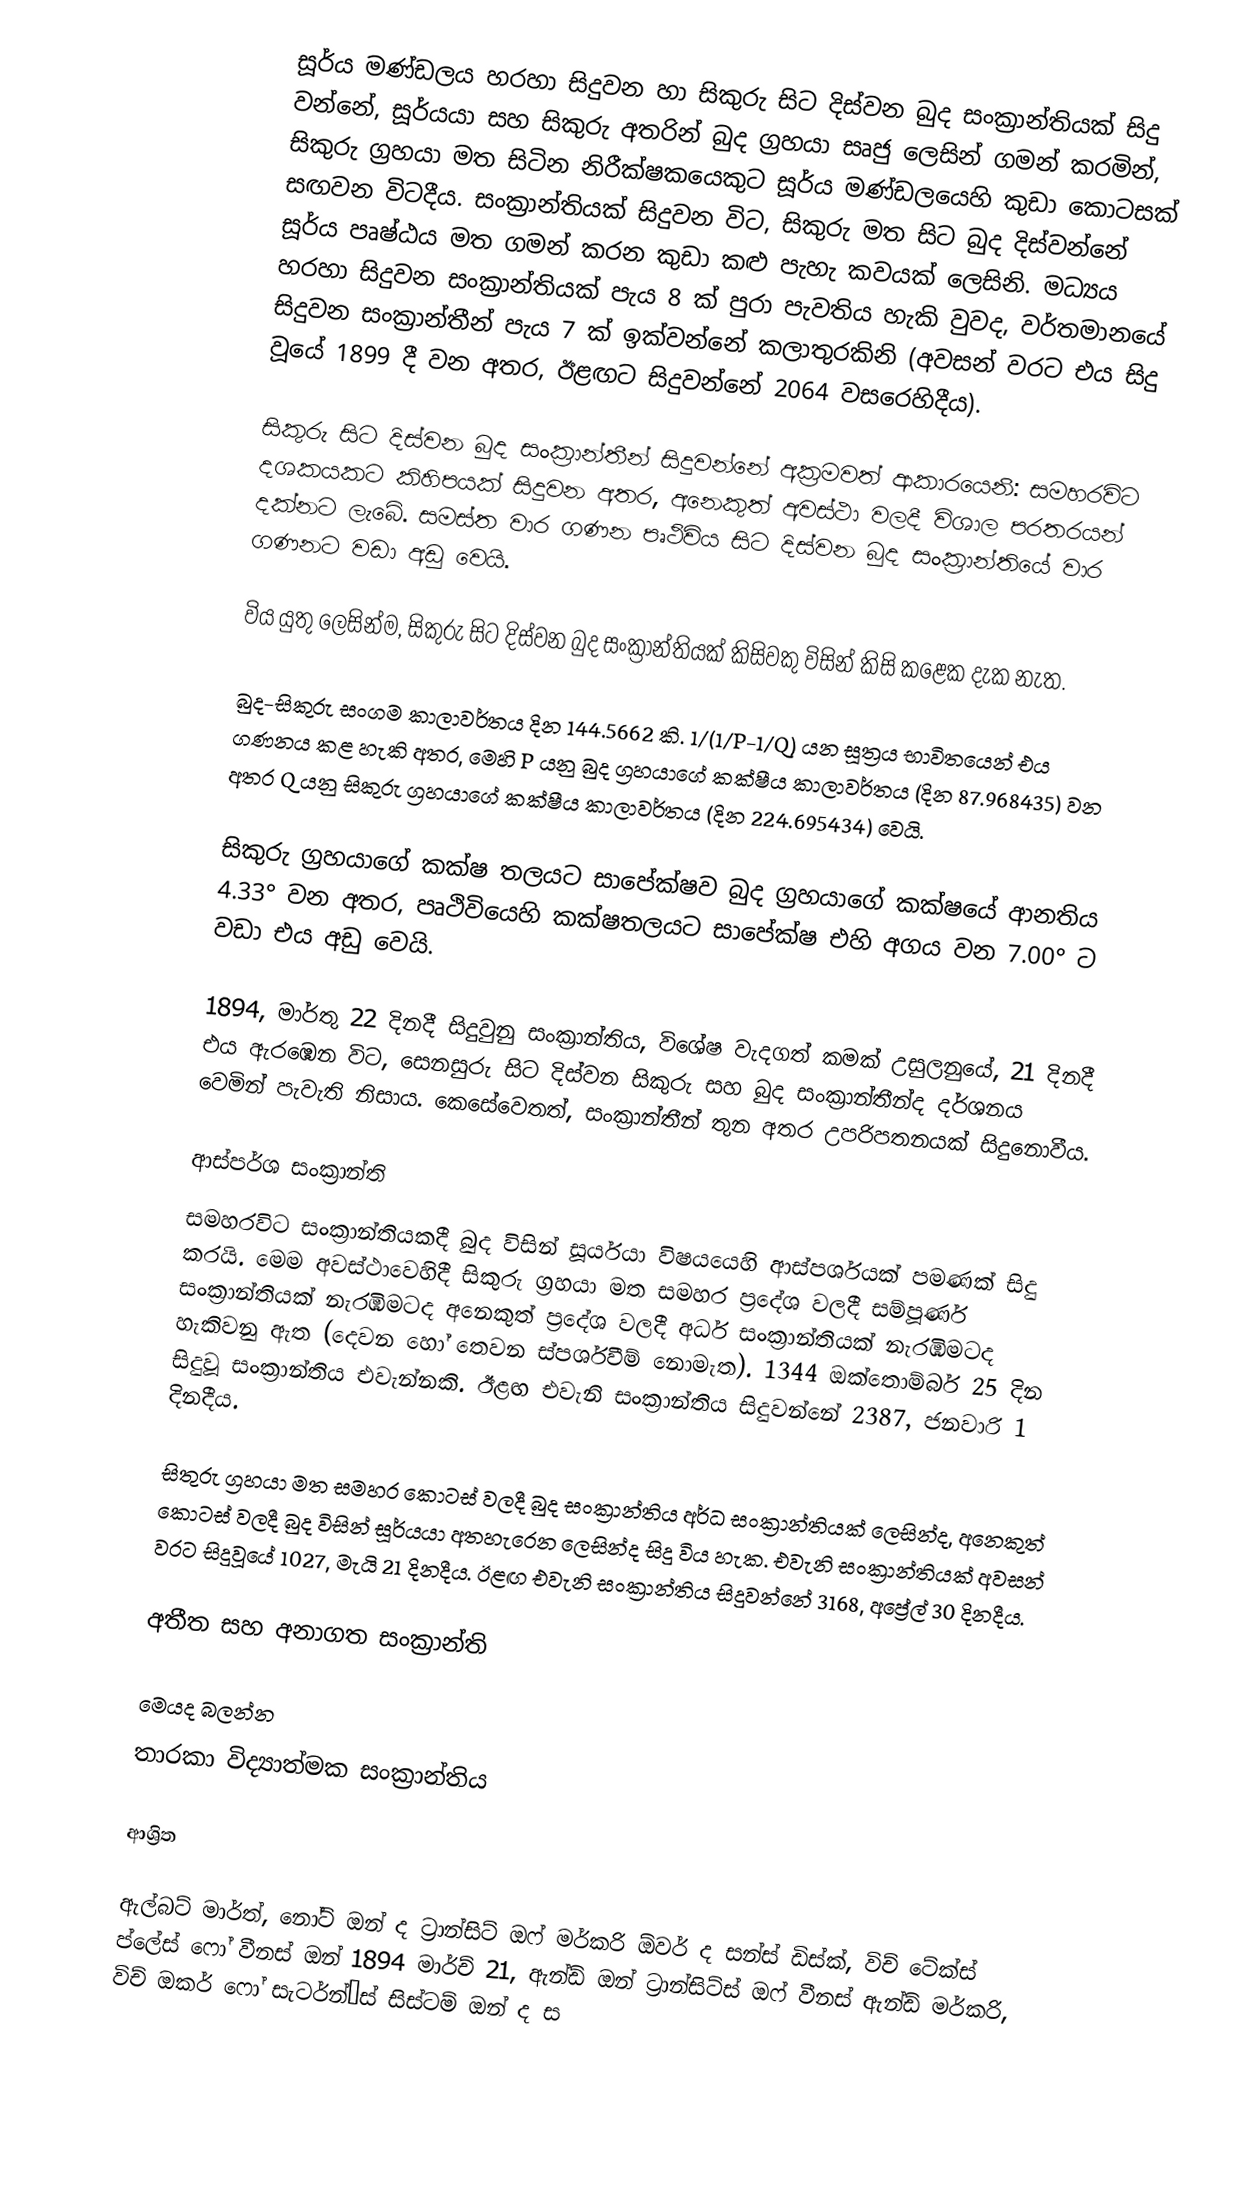
සූර්ය මණ්ඩලය හරහා සිදුවන හා සිකුරු සිට දිස්වන බුද සංක්‍රාන්තියක් සිදු වන්නේ,   සූර්යයා සහ සිකුරු අතරින් බුද ග්‍රහයා සෘජු ලෙසින් ගමන් කරමින්, සිකුරු ග්‍රහයා මත සිටින නිරීක්ෂකයෙකුට සූර්ය මණ්ඩලයෙහි කුඩා කොටසක්  සඟවන විටදීය.  සංක්‍රාන්තියක් සිදුවන විට, සිකුරු මත සිට බුද දිස්වන්නේ සූර්ය පෘෂ්ඨය මත ගමන් කරන කුඩා කළු පැහැ කවයක් ලෙසිනි. මධ්‍යය හරහා සිදුවන සංක්‍රාන්තියක් පැය  8 ක් පුරා පැවතිය හැකි වුවද, වර්තමානයේ සිදුවන සංක්‍රාන්තීන් පැය  7 ක් ඉක්වන්නේ කලාතුරකිනි (අවසන් වරට එය සිදු වූයේ 1899 දී වන අතර, ඊළඟට සිදුවන්නේ 2064 වසරෙහිදීය).

සිකුරු සිට දිස්වන බුද සංක්‍රාන්තීන් සිදුවන්නේ අක්‍රමවත් ආකාරයෙනි: සමහරවිට දශකයකට කිහිපයක් සිදුවන අතර, අනෙකුත් අවස්ථා වලදී විශාල පරතරයන් දක්නට ලැබේ.  සමස්ත වාර ගණන  පෘථිවිය සිට දිස්වන බුද සංක්‍රාන්තියේ වාර ගණනට වඩා අඩු වෙයි.

විය යුතු ලෙසින්ම, සිකුරු සිට දිස්වන බුද සංක්‍රාන්තියක් කිසිවකු විසින් කිසි කළෙක දැක නැත.

බුද-සිකුරු සංගම  කාලාවර්තය දින 144.5662 කි. 1/(1/P-1/Q) යන සූත්‍රය භාවිතයෙන් එය ගණනය කළ හැකි අතර, මෙහි P යනු බුද ග්‍රහයාගේ  කක්ෂීය කාලාවර්තය (දින 87.968435) වන අතර  Q යනු සිකුරු ග්‍රහයාගේ කක්ෂීය කාලාවර්තය (දින 224.695434) වෙයි.

සිකුරු ග්‍රහයාගේ කක්ෂ තලයට  සාපේක්ෂව බුද ග්‍රහයාගේ කක්ෂයේ  ආනතිය 4.33° වන අතර, පෘථිවියෙහි කක්ෂතලයට සාපේක්ෂ එහි අගය වන 7.00° ට වඩා එය අඩු වෙයි.

1894, මාර්තු 22 දිනදී සිදුවුනු සංක්‍රාන්තිය, විශේෂ වැදගත් කමක් උසුලනුයේ, 21 දිනදී එය ඇරඹෙන විට,  සෙනසුරු සිට දිස්වන සිකුරු සහ බුද සංක්‍රාන්තීන්ද දර්ශනය වෙමින් පැවැති නිසාය. කෙසේවෙතත්, සංක්‍රාන්තීන් තුන අතර උපරිපතනයක් සිදුනොවීය.

ආස්පර්ශ සංක්‍රාන්ති
සමහරවිට සංක්‍රාන්තියකදී බුද විසින් සූර්යයා විෂයයෙහි ආස්පර්ශයක් පමණක් සිදු කරයි. මෙම අවස්ථාවෙහිදී සිකුරු ග්‍රහයා මත සමහර ප්‍රදේශ වලදී සම්පූර්ණ සංක්‍රාන්තියක් නැරඹීමටද අනෙකුත් ප්‍රදේශ වලදී අර්ධ සංක්‍රාන්තියක් නැරඹීමටද හැකිවනු ඇත (දෙවන හෝ තෙවන ස්පර්ශවීම් නොමැත).  1344 ඔක්තොම්බර් 25 දින සිදුවූ සංක්‍රාන්තිය එවැන්නකි. ඊළඟ එවැනි සංක්‍රාන්තිය සිදුවන්නේ  2387, ජනවාරි 1 දිනදීය.

සිතුරු ග්‍රහයා මත සමහර කොටස් වලදී බුද සංක්‍රාන්තිය අර්ධ සංක්‍රාන්තියක් ලෙසින්ද, අනෙකුත් කොටස් වලදී බුද විසින් සූර්යයා අතහැරෙන ලෙසින්ද සිදු විය හැක. එවැනි සංක්‍රාන්තියක් අවසන් වරට සිදුවූයේ  1027, මැයි 21 දිනදීය. ඊළඟ එවැනි සංක්‍රාන්තිය සිදුවන්නේ  3168, අප්‍රේල් 30 දිනදීය.

අතීත සහ අනාගත සංක්‍රාන්ති

මෙයද බලන්න
 තාරකා විද්‍යාත්මක සංක්‍රාන්තිය

ආශ්‍රිත

 ඇල්බට් මාර්ත්, නෝට් ඔන් ද ට්‍රාන්සිට් ඔෆ් මර්කරි ඕවර් ද සන්ස් ඩිස්ක්, විච් ටේක්ස් ප්ලේස් ෆෝ වීනස් ඔන් 1894 මාර්ච් 21, ඇන්ඩ් ඔන් ට්‍රාන්සිට්ස් ඔෆ් වීනස් ඇන්ඩ් මර්කරි, විච් ඔකර් ෆෝ සැටර්න්’ස් සිස්ටම් ඔන් ද ස